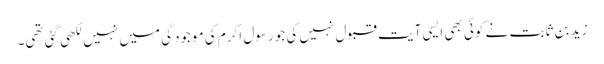
زید بن ثابت نے کوئی بھی ایسی آیت قبول نہیں‌کی جو رسول اکرم کی موجودگی میں‌ نہیں لکھی گئی تھی۔